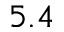
5 . 4